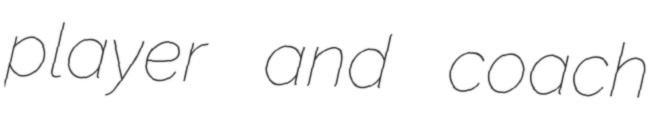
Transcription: player and coach